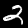
Label: 2